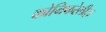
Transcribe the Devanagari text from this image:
कोनिफरेलीज़